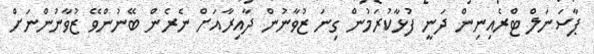
ޕާސަނަލް ޓްރެއިނިން ދަނީ ފުޅާކުރަމުން ގިނަ ޒުވާނުން ދާއިރާއަށް ނެރެން ބޭނުންވޭ ޒުވާނުންނަށް